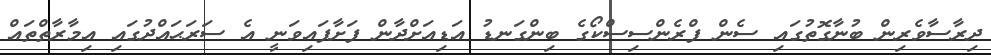
ދިރާސާވެރިން ބުނާގޮތުގައި ސެން ފްރެންސިސްކޯގެ ބިންގަނޑު އަޑިއަށްދާން ފަށާފައިވަނީ އެ ސަރަޙައްދުގައި އިމާރާތްތައް